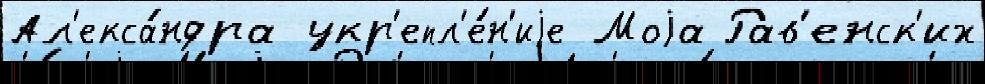
Ал'екса́ндра укр'епл'е́н'иjе Моjа Рав'енск'их